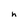
Character: h